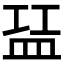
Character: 𬐝